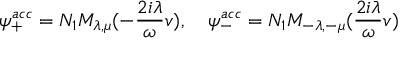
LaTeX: \psi _ { + } ^ { a c c } = N _ { 1 } M _ { \lambda , \mu } ( - \frac { 2 i \lambda } { \omega } v ) , \quad \psi _ { - } ^ { a c c } = N _ { 1 } M _ { - \lambda , - \mu } ( \frac { 2 i \lambda } { \omega } v )